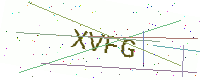
Text: XVFG